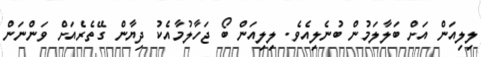
ލިލިއަން އަށް ބަލާލަމުން ބުނެލިއެވެ. ލިލިއަން ބޯ ޖަހާލުމާއެކު ދިޔާން ގޭތެރެއަށް ވަންނަން